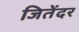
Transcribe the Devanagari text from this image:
जितेंदर